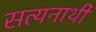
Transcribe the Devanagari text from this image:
सत्यनाथी